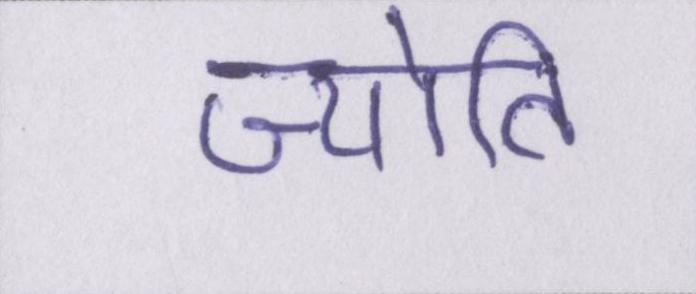
ज्योति